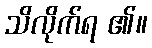
သိလိုက်ရ ၏။